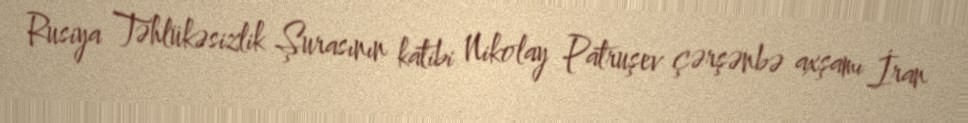
Rusiya Təhlükəsizlik Şurasının katibi Nikolay Patruşev çərşənbə axşamı İran